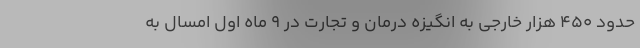
حدود ۴۵۰ هزار خارجی به انگیزه درمان و تجارت در ۹ ماه اول امسال به